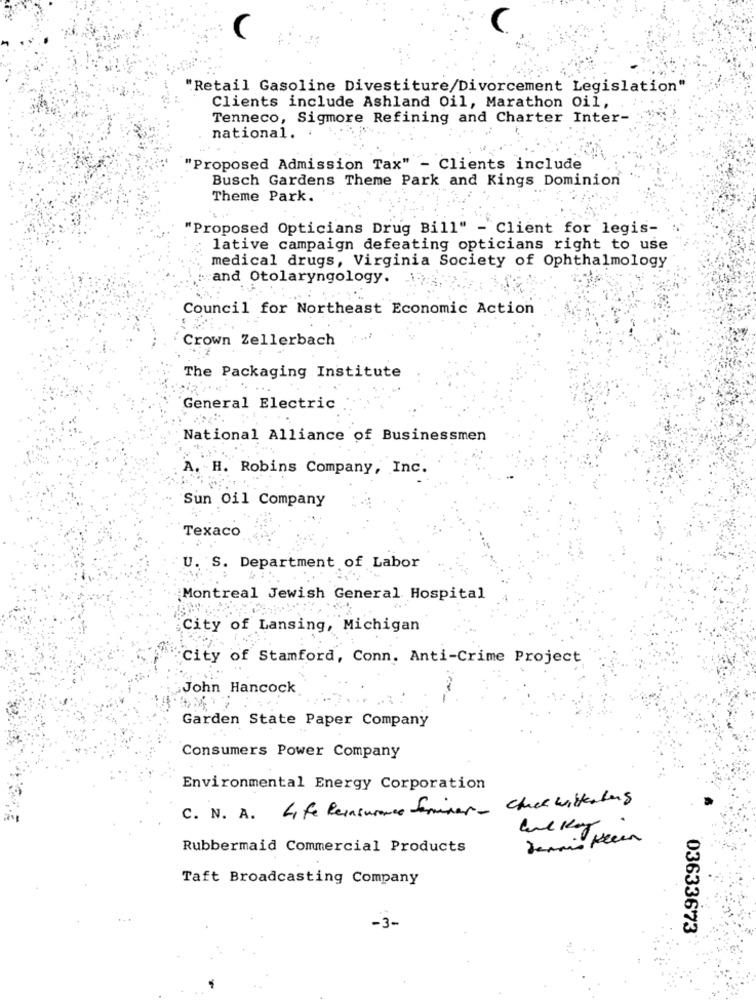
"Retail Gasoline Divestiture/Divorcement Legislation"
Clients include Ashland Oil, Marathon Oil,
Tenneco, Sigmore Refining and Charter Inter-
national.
'Proposed Admission Tax" - Clients include
Busch Gardens Theme Park and Kings Dominion
Theme Park.
"Proposed Opticians Drug Bill" - Client for legis-
lative campaign defeating opticians right to use
medical drugs, Virginia Society of Ophthalmology
:and Otolaryngology.
Council for Northeast Economic Action
Crown Zellerbach
The Packaging Institute
General Electric
National Alliance of Businessmen
A. H. Robins Company, Inc.
Sun Oil Company
Texaco
U. S. Department of Labor
Montreal Jewish General Hospital
City of Lansing, Michigan
City of Stamford, Conn. Anti-Crime Project
John Hancock
Garden State Paper Company
Consumers Power Company
Environmental Energy Corporation
C. N. A. Life Reinsurance Seminar- Chick wittenberg
demain Kleen
Rubbermaid Commercial Products
Taft Broadcasting Company
-3-
03633673